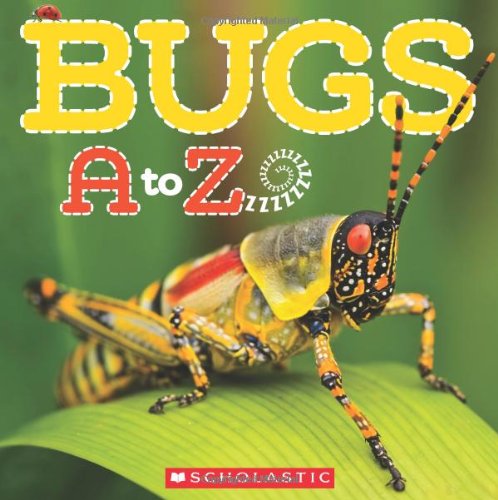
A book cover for Bugs A to Z; Caroline Lawton; Children's Books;